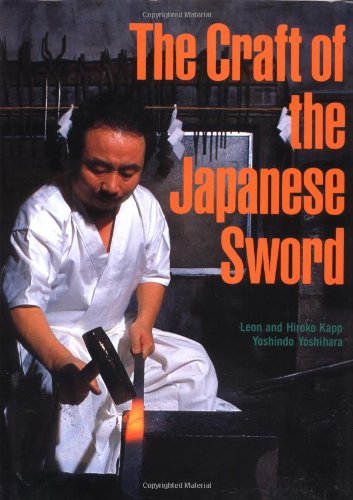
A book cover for The Craft of the Japanese Sword; Leon Kapp; Crafts, Hobbies & Home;